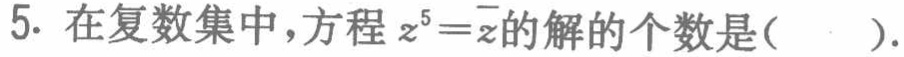
5. 在复数集中，方程\(z^{5}=\overline{z}\)的解的个数是(  ).